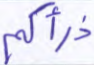
ذرأكم